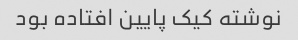
نوشته کیک پایین افتاده بود